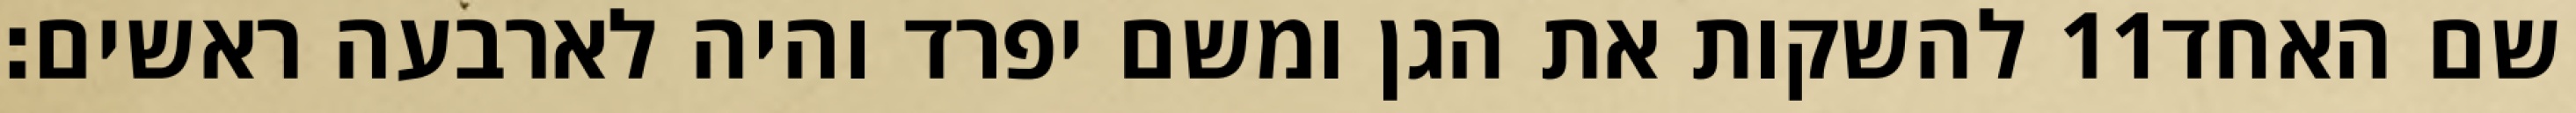
להשקות את הגן ומשם יפרד והיה לארבעה ראשים׃ ‎11‏ שם האחד